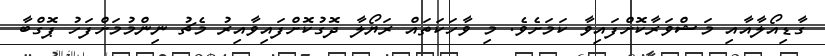
ގާޑިއޯލާއާއި މަޝްވަރާކޮށްފައިވާ ކަމަށެވެ. މި ވާހަކަތައް ރަޔޯލާ ދޮގުކޮށްފައިވާއިރު މެޗު ނިންމުމަށްފަހު ޕޮގްބާ